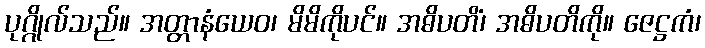
ပုဂ္ဂိုလ်သည်။ အတ္တာနံယေဝ၊ မိမိကိုပင်။ အဓိပတိံ၊ အဓိပတိကို။ ဇေဋ္ဌကံ၊